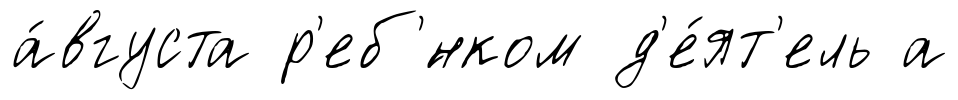
а́вгуста р'еб'́нком д'е́ят'ель а